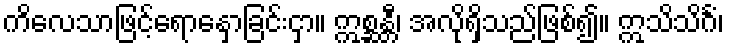
ကိလေသာဖြင့်ရောနှောခြင်းငှာ။ ဣစ္ဆန္တီ၊ အလိုရှိသည်ဖြစ်၍။ ဣသိသိင်္ဂံ၊